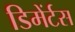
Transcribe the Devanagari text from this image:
डिमेंर्टस